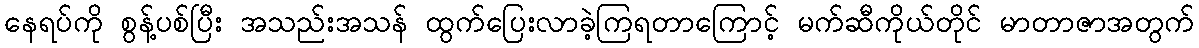
နေရပ်ကို စွန့်ပစ်ပြီး အသည်းအသန် ထွက်ပြေးလာခဲ့ကြရတာကြောင့် မက်ဆီကိုယ်တိုင် မာတာဇာအတွက်